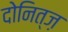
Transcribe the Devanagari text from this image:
दोनित्ज़